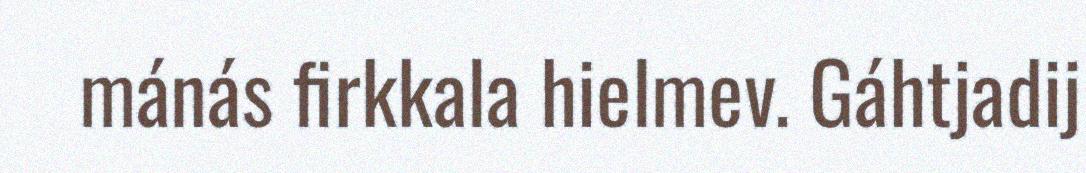
mánás firkkala hielmev. Gáhtjadij